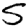
Digit: 5